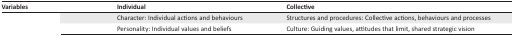
<table><thead><tr><td><b>Variables</b></td><td><b>Individual</b></td><td><b>Collective</b></td></tr></thead><tbody><tr><td>[EMPTY_CELL]</td><td>Character: Individual actions and behaviours</td><td>Structures and procedures: Collective actions, behaviours and processes</td></tr><tr><td>[EMPTY_CELL]</td><td>Personality: Individual values and beliefs</td><td>Culture: Guiding values, attitudes that limit, shared strategic vision</td></tr></tbody></table>